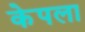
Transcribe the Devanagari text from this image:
केपला